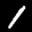
Label: 1